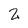
Character: 2